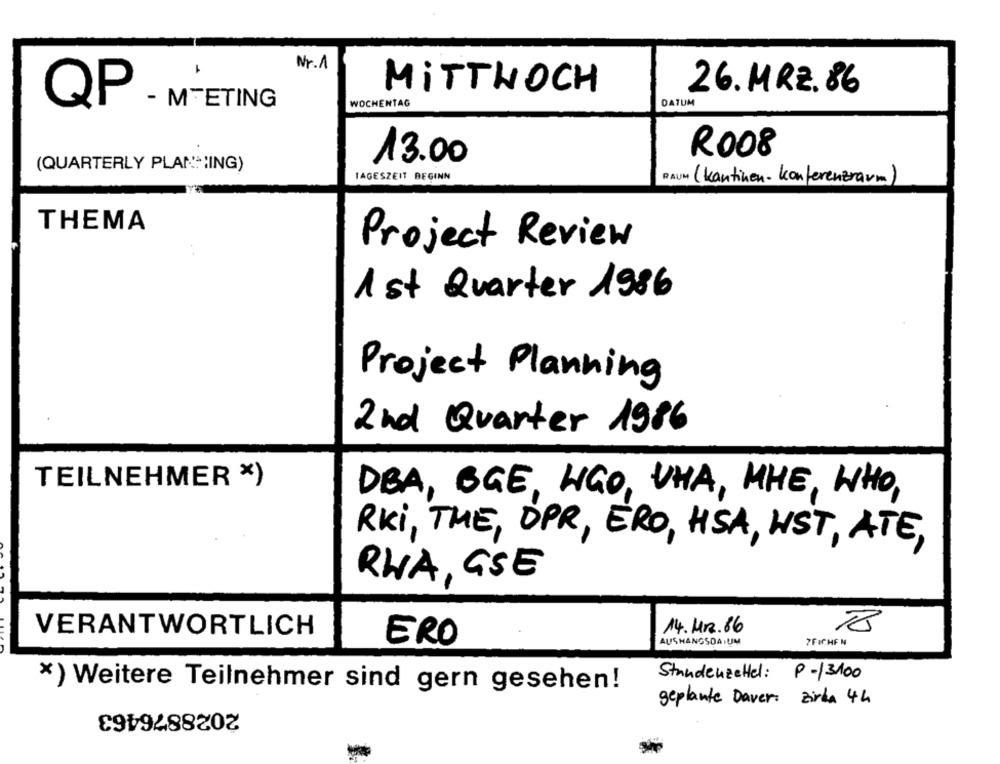
Nr.1
MITTWOCH
26. MRZ. 86
QP
MEETING
WOCHENTAG
DATUM
R008
13.00
(QUARTERLY PLANNING)
TAGESZEIT BEGINN
RAUM (kantinen- konferenzraum)
THEMA
Project Review
1 st Quarter 1986
Project Planning
2nd Quarter 1986
TEILNEHMER X)
DBA, BGE, LIGO, UNA, MHE, WHO,
RKi, THE, DPR, ERO, HSA, HST, ATE,
RUA, GSE
18
VERANTWORTLICH
14. Mr.86
ERO
AUSHANGSOA.UM
7FICHE N
Stundenzettel: P-13100
*) Weitere Teilnehmer sind gern gesehen!
geplante Dauer: zirka 4h
2028876463